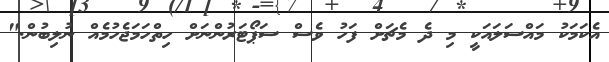
އެކަމަކު މައްސަލައަކީ މި ދެ މެޗަށް ފަހު ވެސް ސަޕޯޓަރުންނަށް ހިތްހަމަޖެހުމެއް ނުލިބުން."